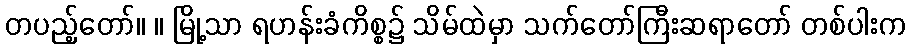
တပည့်တော်။ ။ မြို့သာ ရဟန်းခံကိစ္စ၌ သိမ်ထဲမှာ သက်တော်ကြီးဆရာတော် တစ်ပါးက